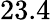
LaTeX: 23.4